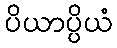
ပိယာပ္ပိယံ